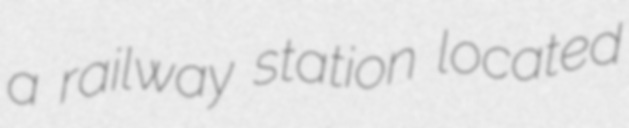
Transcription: a railway station located